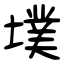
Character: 墣